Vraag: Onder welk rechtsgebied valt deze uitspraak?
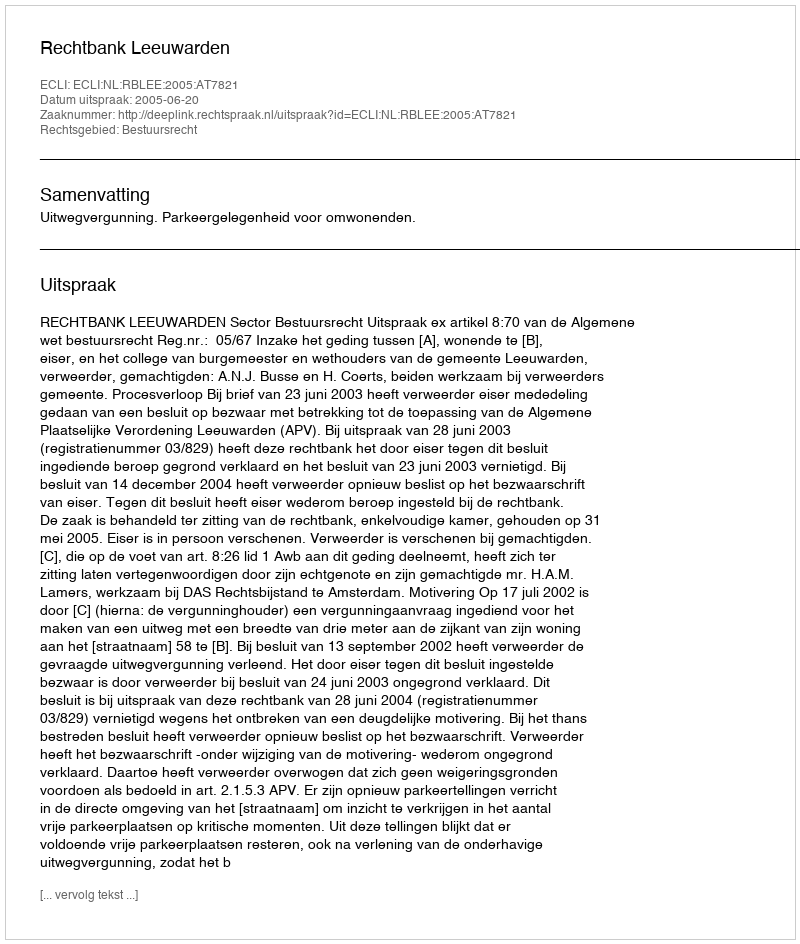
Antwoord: Bestuursrecht